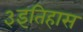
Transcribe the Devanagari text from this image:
३इतिहास